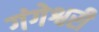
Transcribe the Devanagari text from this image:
गंगेश्वरी